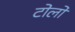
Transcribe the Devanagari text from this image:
टोलो